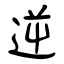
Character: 逆